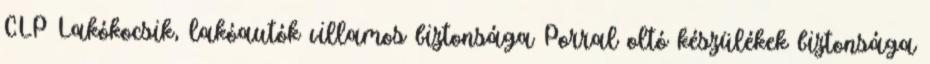
CLP Lakókocsik, lakóautók villamos biztonsága Porral oltó készülékek biztonsága